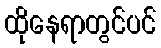
ထိုနေရာတွင်ပင်